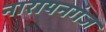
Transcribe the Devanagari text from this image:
नारायनगंज